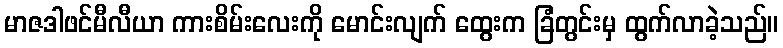
မာဇဒါဖင်မီလီယာ ကားစိမ်းလေးကို မောင်းလျက် ထွေးက ခြံတွင်းမှ ထွက်လာခဲ့သည်။